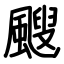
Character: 颼